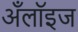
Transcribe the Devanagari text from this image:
अँलॉइज